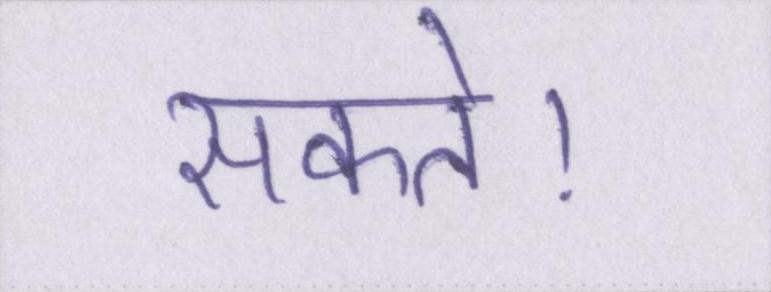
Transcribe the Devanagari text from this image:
सकते।